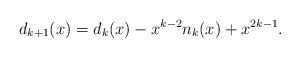
LaTeX: \begin{align*}d_{k+1}(x)=d_k(x)-x^{k-2}n_k(x)+x^{2k-1}.\end{align*}